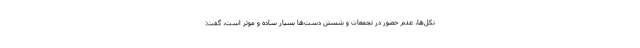
تکل‌ها، عدم حضور در تجمعات و شستن دست‌ها بسیار ساده و موثر است، گفت: